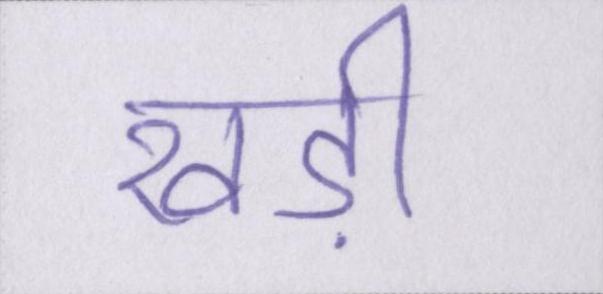
खड़ी